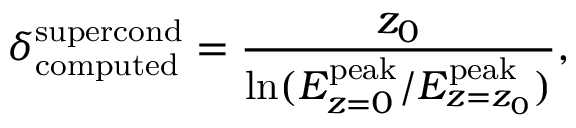
\delta _ { \mathrm { c o m p u t e d } } ^ { \mathrm { s u p e r c o n d } } = \frac { z _ { 0 } } { \ln ( { E _ { z = 0 } ^ { \mathrm { p e a k } } / E _ { z = z _ { 0 } } ^ { \mathrm { p e a k } } } ) } ,